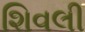
શિવલી